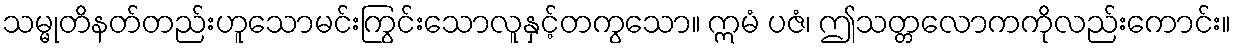
သမ္မုတိနတ်တည်းဟူသောမင်းကြွင်းသောလူနှင့်တကွသော။ ဣမံ ပဇံ၊ ဤသတ္တလောကကိုလည်းကောင်း။